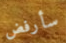
سأرفض